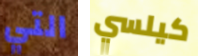
التي كيلسي